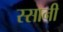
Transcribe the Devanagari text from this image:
स्सानी